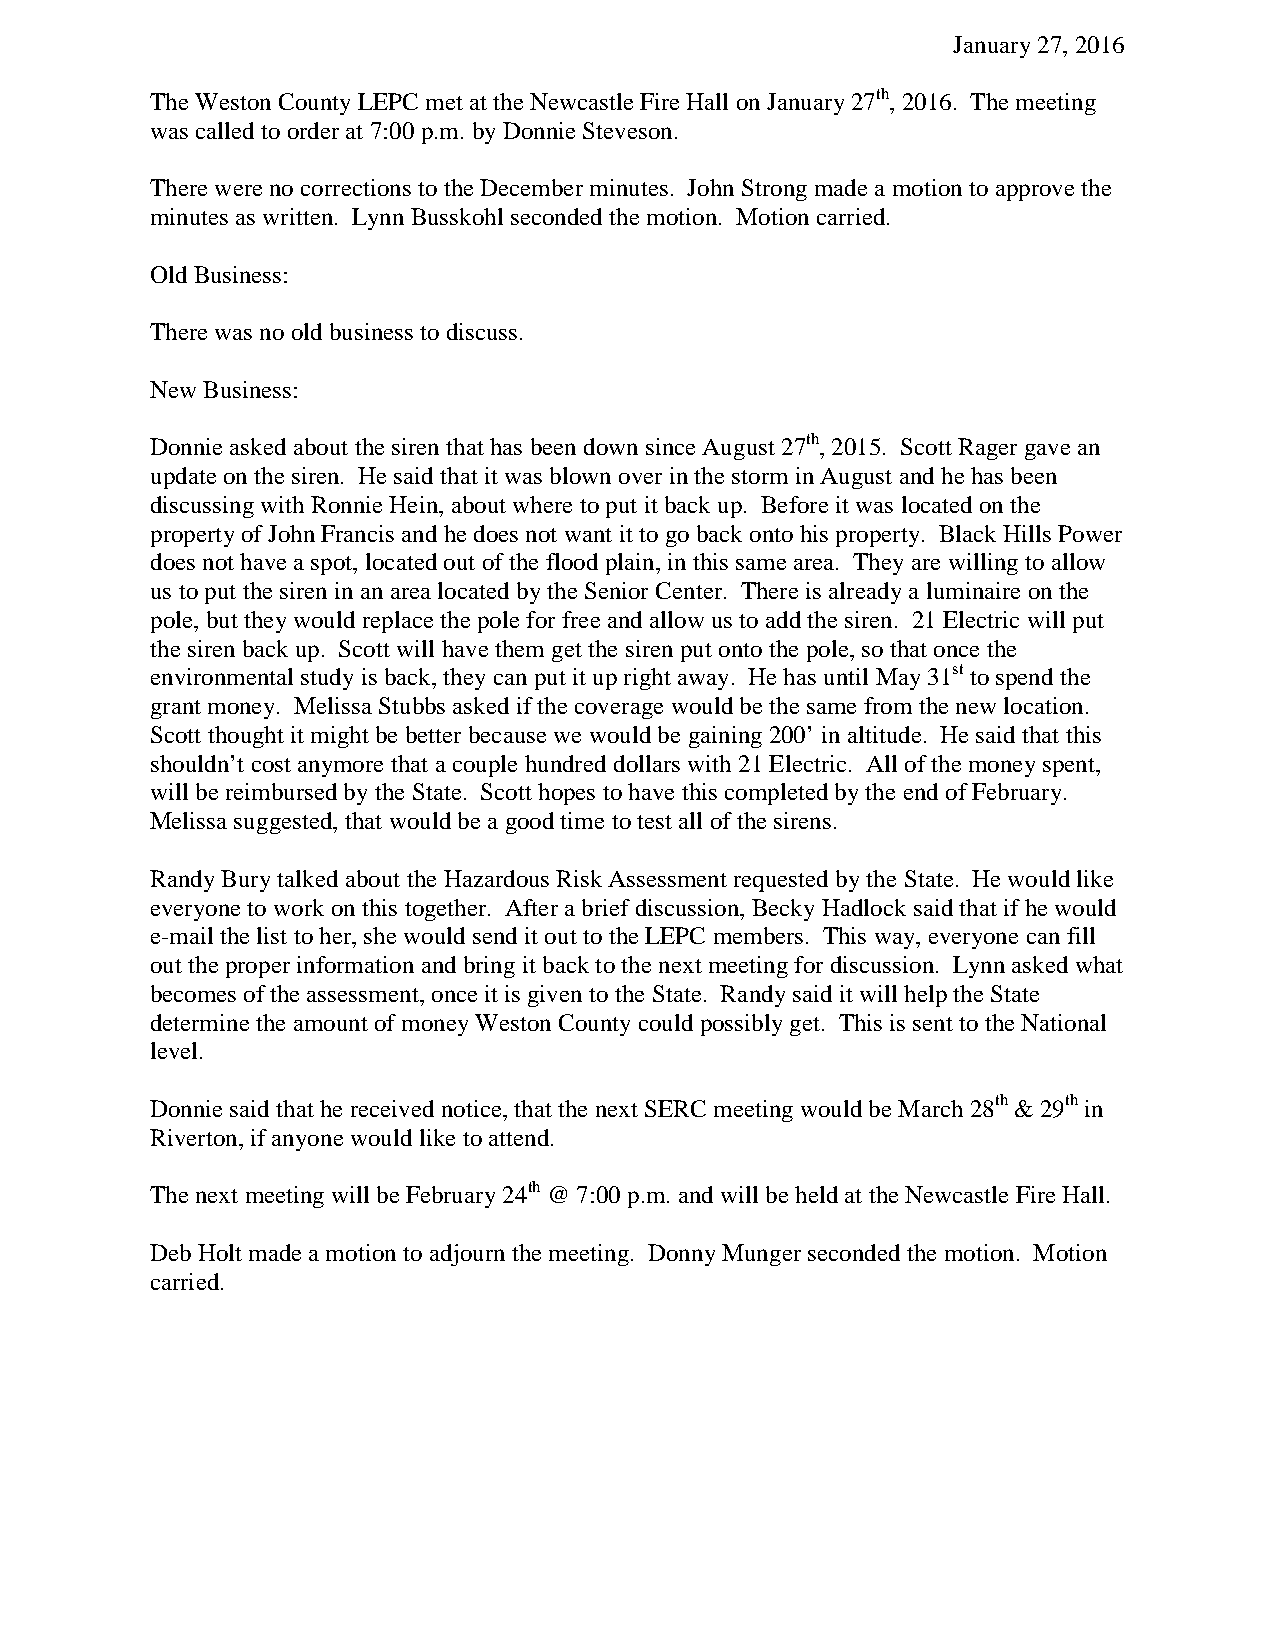
January 27, 2016
 The Weston County LEPC met at the Newcastle Fire Hall on January 27th, 2016. The meeting
 was called to order at 7:00 p.m. by Donnie Steveson.
 There were no corrections to the December minutes. John Strong made a motion to approve the
 minutes as written. Lynn Busskohl seconded the motion. Motion carried.
 Old Business:
 There was no old business to discuss.
 New Business:
 Donnie asked about the siren that has been down since August 27th, 2015. Scott Rager gave an
 update on the siren. He said that it was blown over in the storm in August and he has been
 discussing with Ronnie Hein, about where to put it back up. Before it was located on the
 property of John Francis and he does not want it to go back onto his property. Black Hills Power
 does not have a spot, located out of the flood plain, in this same area. They are willing to allow
 us to put the siren in an area located by the Senior Center. There is already a luminaire on the
 pole, but they would replace the pole for free and allow us to add the siren. 21 Electric will put
 the siren back up. Scott will have them get the siren put onto the pole, so that once the
 environmental study is back, they can put it up right away. He has until May 31st to spend the
 grant money. Melissa Stubbs asked if the coverage would be the same from the new location.
 Scott thought it might be better because we would be gaining 200’ in altitude. He said that this
 shouldn’t cost anymore that a couple hundred dollars with 21 Electric. All of the money spent,
 will be reimbursed by the State. Scott hopes to have this completed by the end of February.
 Melissa suggested, that would be a good time to test all of the sirens.
 Randy Bury talked about the Hazardous Risk Assessment requested by the State. He would like
 everyone to work on this together. After a brief discussion, Becky Hadlock said that if he would
 e-mail the list to her, she would send it out to the LEPC members. This way, everyone can fill
 out the proper information and bring it back to the next meeting for discussion. Lynn asked what
 becomes of the assessment, once it is given to the State. Randy said it will help the State
 determine the amount of money Weston County could possibly get. This is sent to the National
 level.
 Donnie said that he received notice, that the next SERC meeting would be March 28th & 29th in
 Riverton, if anyone would like to attend.
 The next meeting will be February 24th @ 7:00 p.m. and will be held at the Newcastle Fire Hall.
 Deb Holt made a motion to adjourn the meeting. Donny Munger seconded the motion. Motion
 carried.